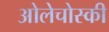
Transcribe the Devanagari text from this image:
ओलेचोस्की